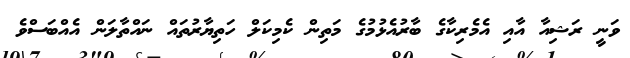
ވަނީ ރަޝިއާ އާއި އެމެރިކާގެ ބާރުއެޅުމުގެ މަތިން ކެމިކަލް ހަތިޔާރުތައް ނައްތާލަން އެއްބަސްވެ